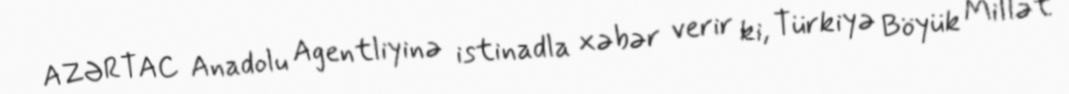
AZƏRTAC Anadolu Agentliyinə istinadla xəbər verir ki, Türkiyə Böyük Millət